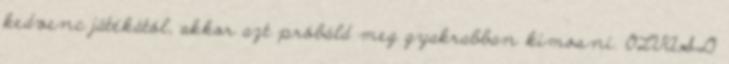
kedvenc játékától, akkor azt próbáld meg gyakrabban kimosni. OLVASD